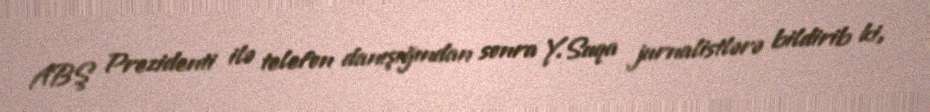
ABŞ Prezidenti ilə telefon danışığından sonra Y.Suqa jurnalistlərə bildirib ki,